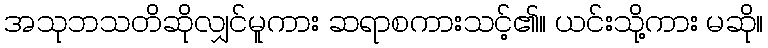
အသုဘသတိဆိုလျှင်မူကား ဆရာစကားသင့်၏။ ယင်းသို့ကား မဆို။